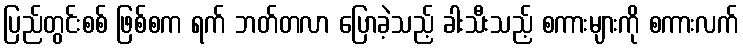
ပြည်တွင်းစစ် ဖြစ်စက ရက် ဘတ်တလာ ပြောခဲ့သည့် ခါးသီးသည့် စကားများကို စကားလက်